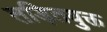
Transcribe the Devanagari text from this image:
तड़ितयुक्त